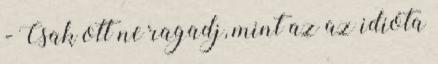
- Csak ott ne ragadj, mint az az idióta